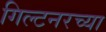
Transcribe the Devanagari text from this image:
गिल्टनरच्या